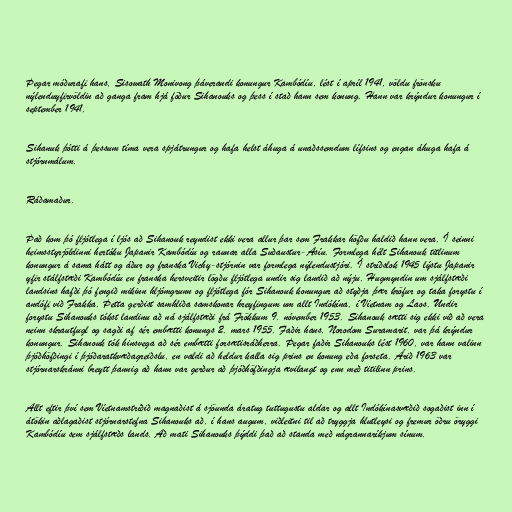
Þegar móðurafi hans, Sisowath Monivong þáverandi konungur Kambódíu, lést í apríl 1941, völdu frönsku
nýlenduyfirvöldin að ganga fram hjá föður Sihanouks og þess í stað hann sem konung. Hann var krýndur konungur í
september 1941.

Sihanuk þótti á þessum tíma vera spjátrungur og hafa helst áhuga á unaðssemdum lífsins og engan áhuga hafa á
stjórnmálum.

Ráðamaður.

Það kom þó fljótlega í ljós að Sihanouk reyndist ekki vera allur þar sem Frakkar höfðu haldið hann vera. Í seinni
heimsstyrjöldinni hertóku Japanir Kambódíu og raunar alla Suðaustur-Asíu. Formlega hélt Sihanouk titlinum
konungur á sama hátt og áður og franska Vichy-stjórnin var formlega nýlendustjóri. Í stríðslok 1945 lýstu Japanir
yfir stálfstæði Kambódíu en franska hersveitir lögðu fljótlega undir sig landið að nýju. Hugmyndin um sjálfstæði
landsins hafði þó fengið mikinn hljómgrunn og fljótlega fór Sihanouk konungur að styðja þær kröfur og taka forystu í
andófi við Frakka. Þetta gerðist samhliða samskonar hreyfingum um allt Indókína, í Víetnam og Laos. Undir
forystu Sihanouks tókst landinu að ná sjálfstæði frá Frökkum 9. nóvember 1953. Sihanouk sætti sig ekki við að vera
neinn skrautfugl og sagði af sér embætti konungs 2. mars 1955. Faðir hans, Norodom Suramarit, var þá krýndur
konungur. Sihanouk tók hinsvega að sér embætti forsætisráðherra. Þegar faðir Sihanouks lést 1960, var hann valinn
þjóðhöfðingi í þjóðaratkvæðagreiðslu, en valdi að heldur kalla sig prins en konung eða forseta. Árið 1963 var
stjórnarskránni breytt þannig að hann var gerður að þjóðhöfðingja ævilangt og enn með titilinn prins.

Allt eftir því sem Víetnamstríðið magnaðist á sjöunda áratug tuttugustu aldar og allt Indókínasvæðið sogaðist inn í
átökin aðlagaðist stjórnarstefna Sihanouks að, í hans augum, viðleitni til að tryggja hlutleysi og fremur öðru öryggi
Kambódíu sem sjálfstæðs lands. Að mati Sihanouks þýddi það að standa með nágrannaríkjum sínum.